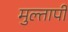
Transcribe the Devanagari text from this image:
मुल्तापी